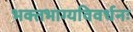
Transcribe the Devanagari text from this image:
भक्‍तभाग्यविवर्धनः